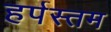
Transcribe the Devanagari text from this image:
हर्पस्तम